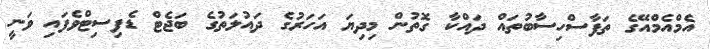
އެމްއެމްއޭގެ ތަފާސްހިސާބުތައް ދައްކާ ގޮތުން މިދިޔަ އަހަރުގެ ދައުލަތުގެ ބަޖެޓް ޑެފިސިޓްވެފައި ވަނީ